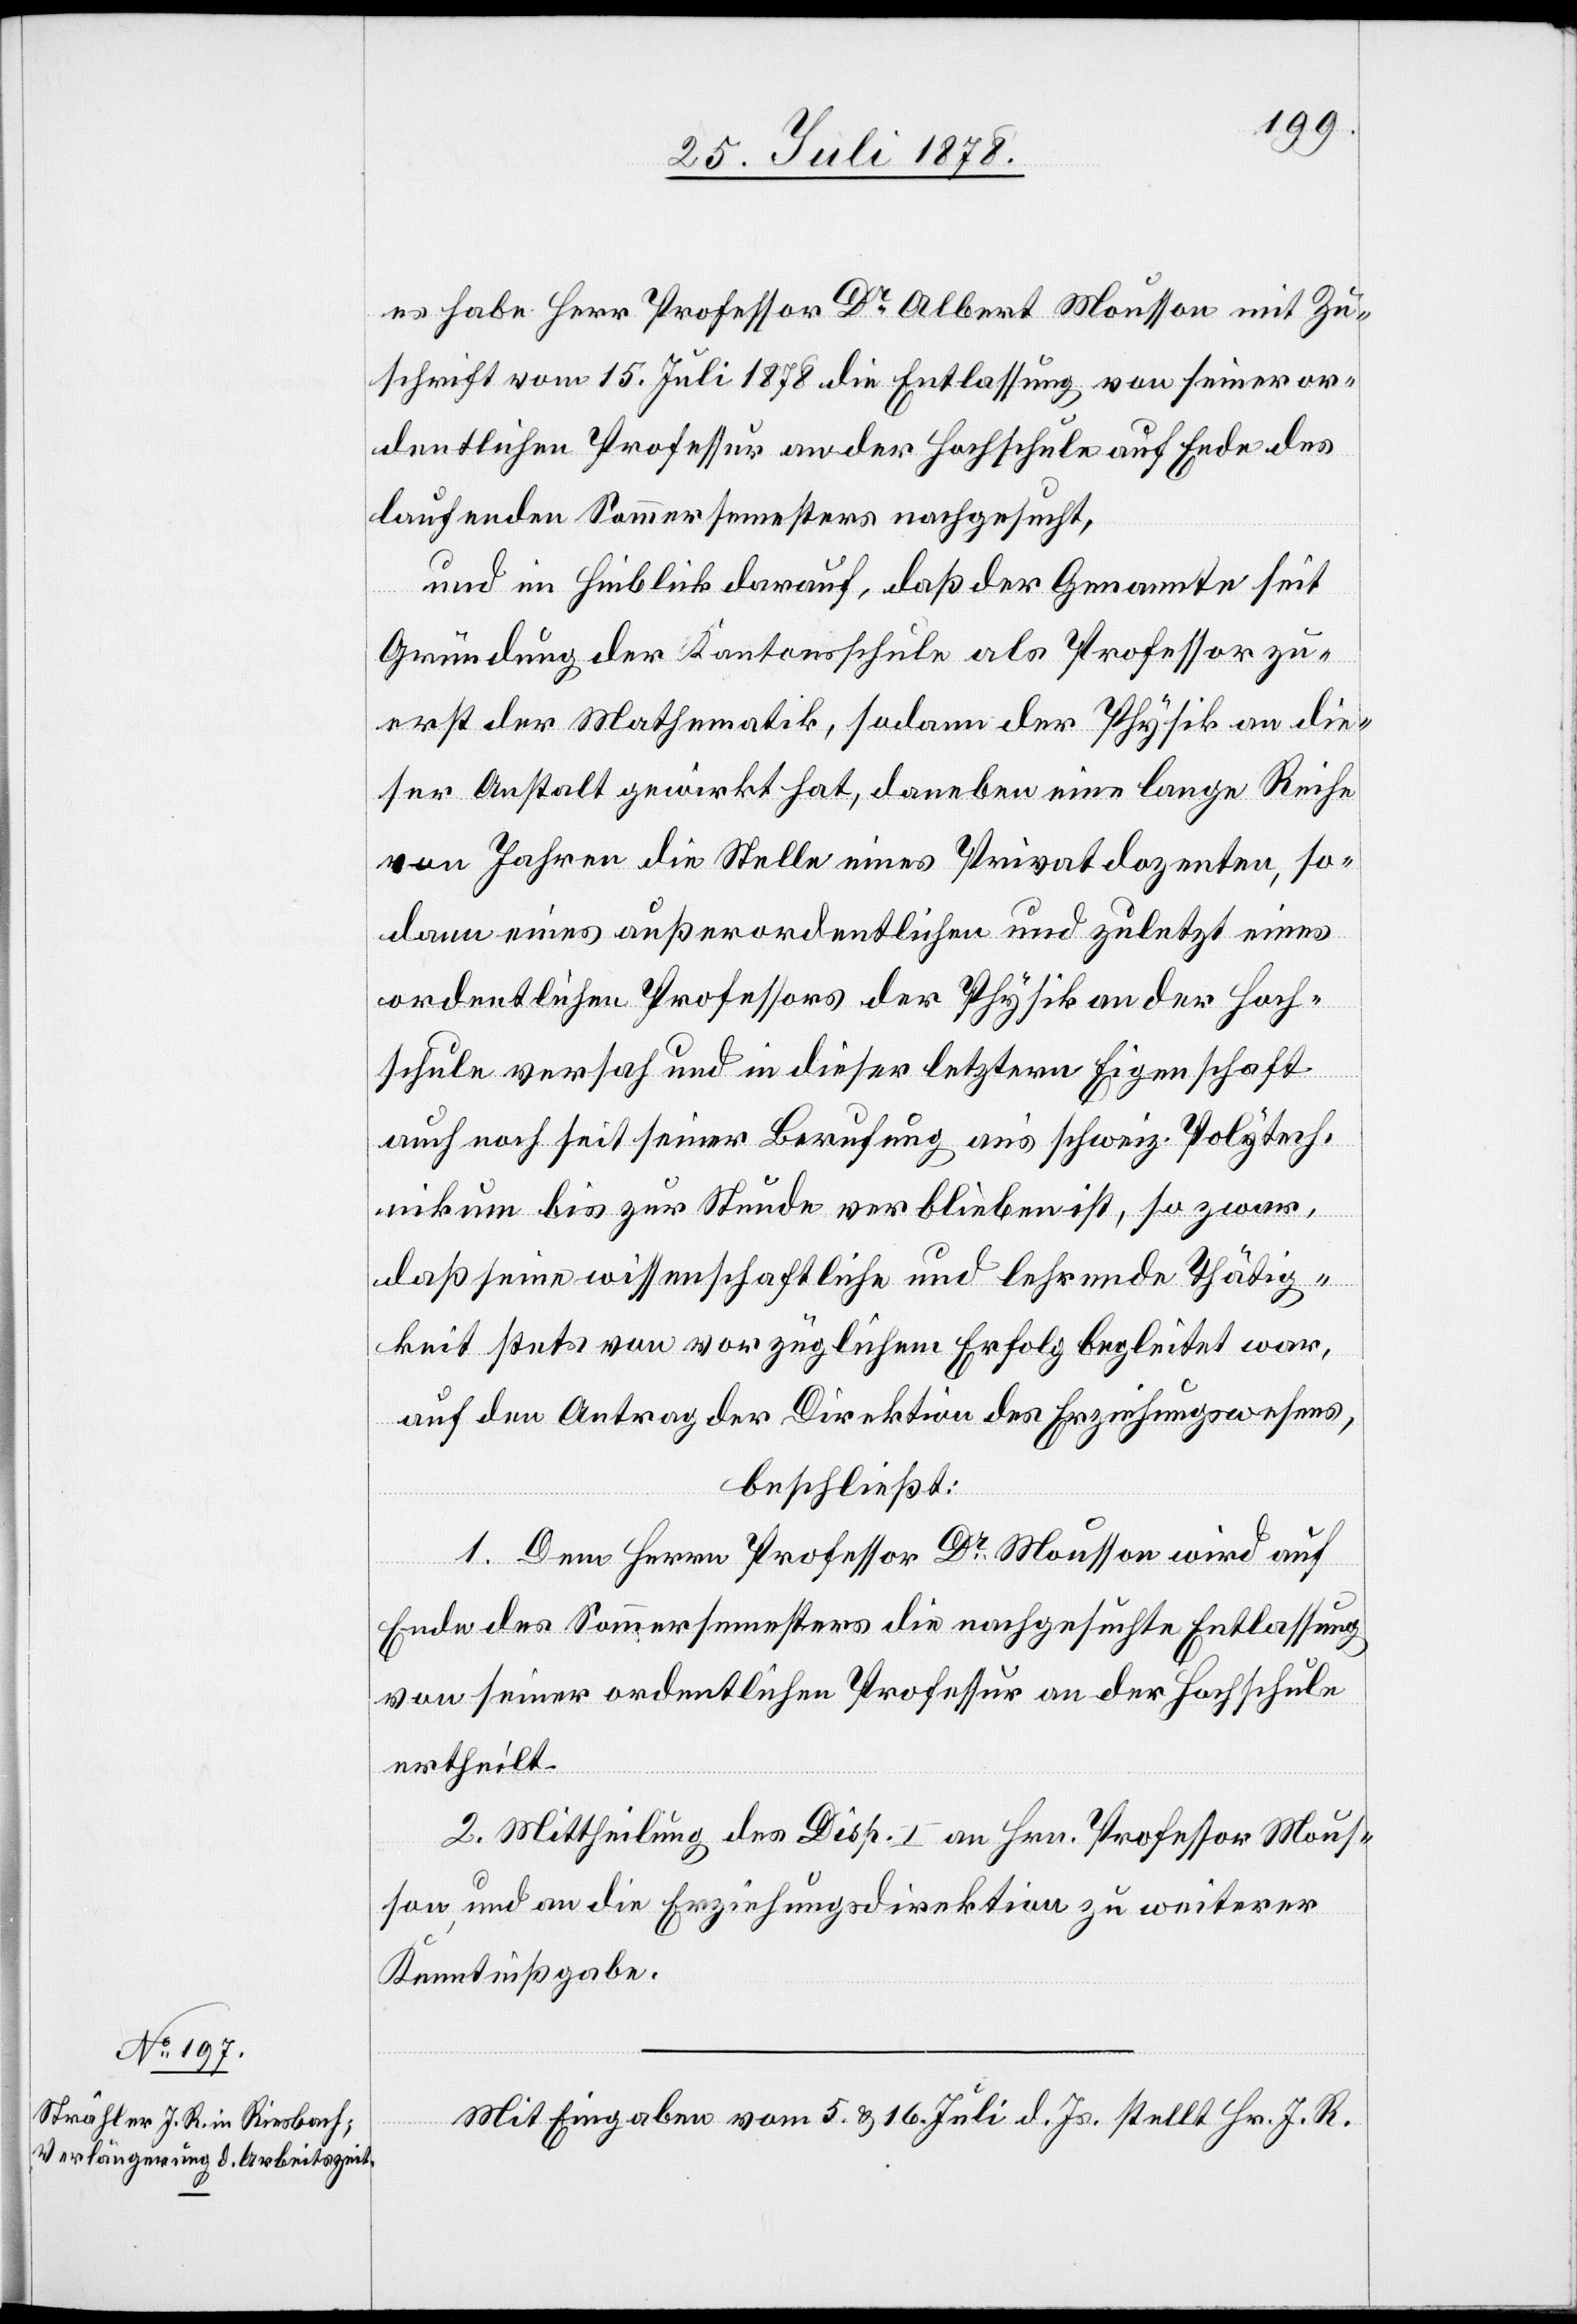
es habe Herr Professor Dr Albert Mousson mit Zu¬
schrift vom 15. Juli 1878 die Entlassung von seiner or¬
dentlichen Professur an der Hochschule auf Ende des
laufenden Sommersemesters nachgesucht,
und im Hinblick darauf, daß der Geometer seit
Gründung der Kantonsschule als Professor zu¬
erst der Mathematik, sodann der Physik an die¬
ser Anstalt gewirkt hat, daneben eine lange Reihe
von Jahren die Stelle eines Privatdozenten, so¬
dann eines außerordentlichen und zuletzt eines
ordentlichen Professors der Physik an der Hoch¬
schule versah und in dieser letztern Eigenschaft
auch noch seit seiner Berufung an’s schweiz. Polytech¬
nikum bis zur Stunde verblieben ist, so zwar,
daß seine wissenschaftliche und lehrende Thätig¬
keit stets von vorzüglichem Erfolg begleitet war,
auf den Antrag der Direktion des Erziehungswesens,
beschließt:
1. Dem Herrn Professor Dr Mousson wird auf
Ende des Sommersemesters die nachgesuchte Entlassung
von seiner ordentlichen Professur an der Hochschule
ertheilt.
2. Mittheilung der Disp. I. an Hrn. Professor Mous¬
son, und an die Erziehungsdirektion zu weiterer
Kenntnißgabe.
Mit Eingabe vom 5. & 16. Juli d. Js. stellt Hr. J. R.